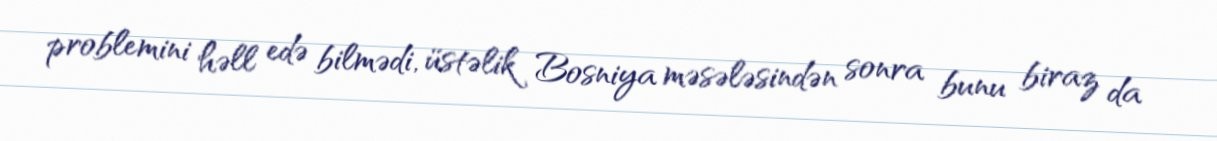
problemini həll edə bilmədi, üstəlik Bosniya məsələsindən sonra bunu biraz da